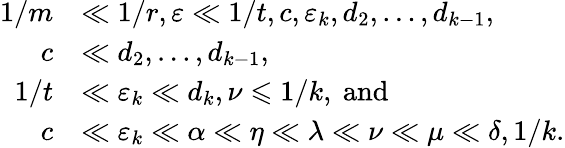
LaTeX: \begin{array}{rl}{1/m}&{\ll 1/r,\varepsilon\ll 1/t,c,\varepsilon_{k},d_{2},\dots,d_{k-1},}\\ {c}&{\ll d_{2},\dots,d_{k-1},}\\ {1/t}&{\ll\varepsilon_{k}\ll d_{k},\nu\leqslant 1/k,\mathrm{~and}}\\ {c}&{\ll\varepsilon_{k}\ll\alpha\ll\eta\ll\lambda\ll\nu\ll\mu\ll\delta,1/k.}\end{array}